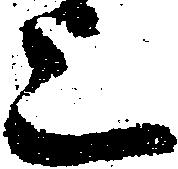
上